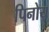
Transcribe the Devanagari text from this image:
पिनोय